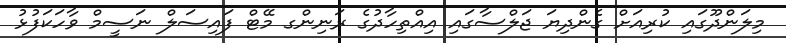
މިލަންދޫގައި ކުރިއަށް ގެންދިޔަ ޖަލްސާގައި އިއްތިހާދުގެ ރަނިންގ މޭޓް ފައިސަލް ނަސީމް ވާހަކަފުޅު